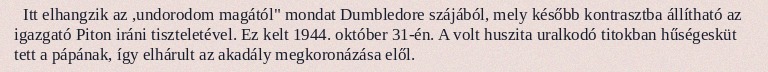
Itt elhangzik az ,undorodom magától" mondat Dumbledore szájából, mely később kontrasztba állítható az igazgató Piton iráni tiszteletével. Ez kelt 1944. október 31-én. A volt huszita uralkodó titokban hűségesküt tett a pápának, így elhárult az akadály megkoronázása elől.